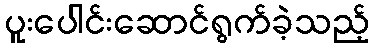
ပူးပေါင်းဆောင်ရွက်ခဲ့သည့်